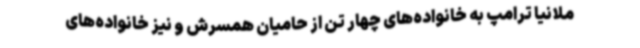
ملانیا ترامپ به خانواده‌های چهار تن از حامیان همسرش و نیز خانواده‌های